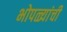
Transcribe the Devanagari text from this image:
भोपळ्यांची